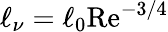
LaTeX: \ell_{\nu}=\ell_{0}\mathrm{Re}^{-3/4}